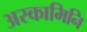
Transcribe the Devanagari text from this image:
अस्कामिनि